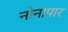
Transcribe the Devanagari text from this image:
नोनापार